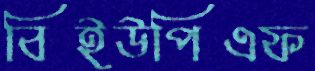
বিইউপিএফ